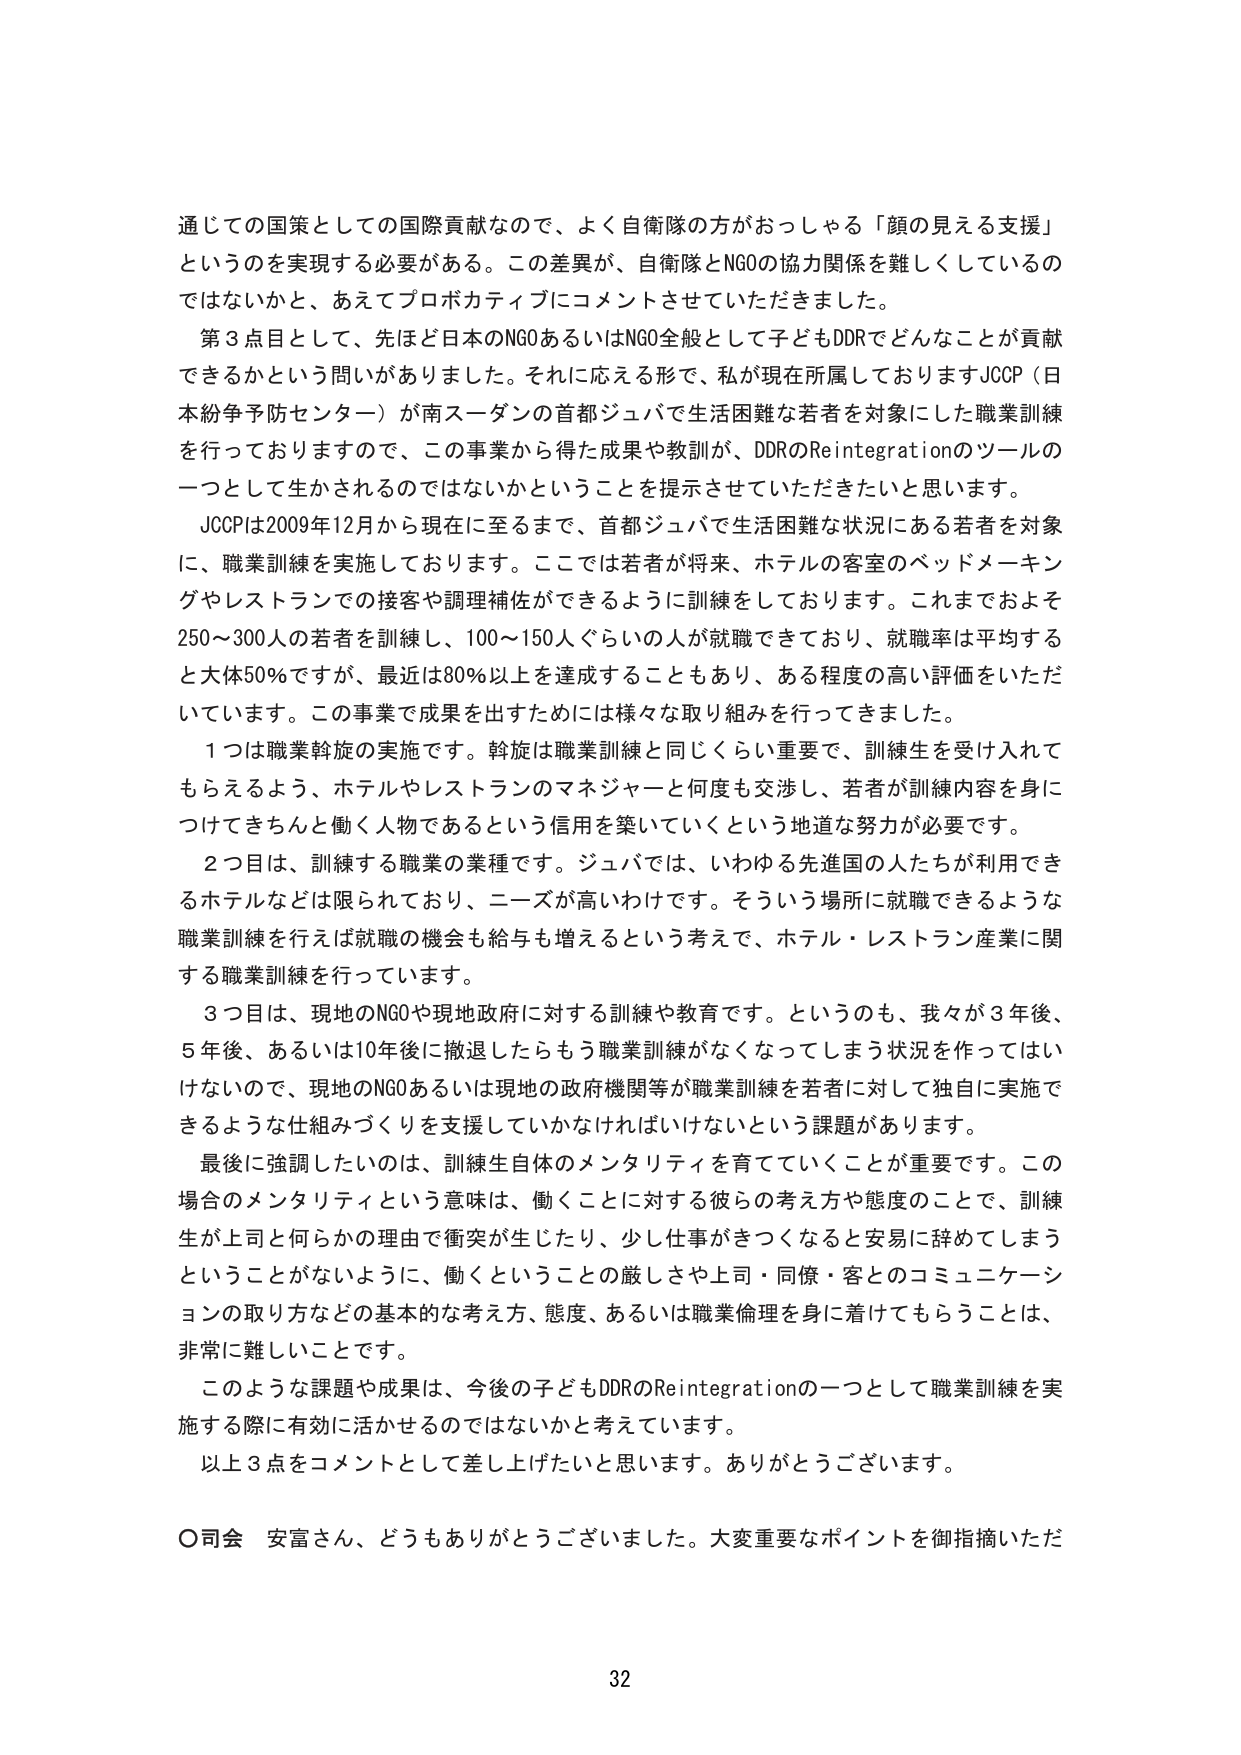
通じての国策としての国際貢献なので、よく自衛隊の方がおっしゃる「顔の見える支援」というのを実現する必要がある。この差異が、自衛隊とNGOの協力関係を難しくしているのではないかと、あえてプロボカティブにコメントさせていただきました。

第3点目として、先ほど日本のNGOあるいはNGO全般として子どもDDRでどんなことが貢献できるかという問いがありました。それに応える形で、私が現在所属しておりますJCCP（日本紛争予防センター）が南スーダンの首都ジュバで生活困難な若者を対象にした職業訓練を行っておりますので、この事業から得た成果や教訓が、DDRのReintegrationのツールの一つとして生かされるのではないかということを提示させていただきたいと思います。

JCCPは2009年12月から現在に至るまで、首都ジュバで生活困難な状況にある若者を対象に、職業訓練を実施しております。ここでは若者が将来、ホテルの客室のベッドメーキングやレストランでの接客や調理補佐ができるように訓練をしております。これまでおよそ250～300人の若者を訓練し、100～150人ぐらいの人が就職できており、就職率は平均すると大体50％ですが、最近は80％以上を達成することもあり、ある程度の高い評価をいただいています。この事業で成果を出すためには様々な取り組みを行ってきました。

1つは職業斡旋の実施です。斡旋は職業訓練と同じくらい重要で、訓練生を受け入れてもらえるよう、ホテルやレストランのマネジャーと何度も交渉し、若者が訓練内容を身につけてきちんと働く人物であるという信用を築いていくという地道な努力が必要です。

2つ目は、訓練する職業の業種です。ジュバでは、いわゆる先進国の人たちが利用できるホテルなどは限られており、ニーズが高いわけです。そういう場所に就職できるような職業訓練を行えば就職の機会も給与も増えるという考えで、ホテル・レストラン産業に関する職業訓練を行っています。

3つ目は、現地のNGOや現地政府に対する訓練や教育です。というのも、我々が3年後、5年後、あるいは10年後に撤退したらもう職業訓練がなくなってしまう状況を作ってはいけないので、現地のNGOあるいは現地の政府機関等が職業訓練を若者に対して独自に実施できるような仕組みづくりを支援していかなければならないという課題があります。

最後に強調したいのは、訓練生自体のメンタリティを育てていくことが重要です。この場合のメンタリティという意味は、働くことに対する彼らの考え方や態度のことで、訓練生が上司と何らかの理由で衝突が生じたり、少し仕事がきつくなると安易に辞めてしまうことがないように、働くということの厳しさや上司・同僚・客とのコミュニケーションの取り方などの基本的な考え方、態度、あるいは職業倫理を身に着けてもらうことは、非常に難しいことです。

このような課題や成果は、今後の子どもDDRのReintegrationの一つとして職業訓練を実施する際に有効に活かせるのではないかと考えています。

以上3点をコメントとして差し上げたいと思います。ありがとうございます。

○司会 安富さん、どうもありがとうございました。大変重要なポイントを御指摘いただ

32